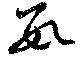
數